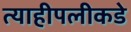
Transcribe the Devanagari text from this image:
त्याहीपलीकडे